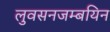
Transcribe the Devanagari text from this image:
लुवसनजम्बयिन